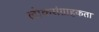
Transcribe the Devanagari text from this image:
लोकसंग्राहकता